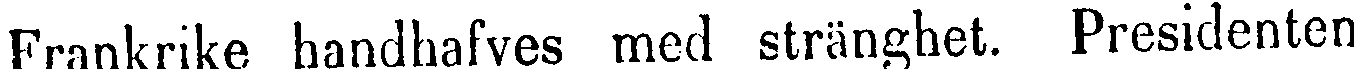
Frankrike handhafves med stränghet. Presidenten